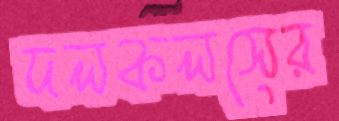
দলকলসের